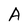
Character: A